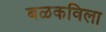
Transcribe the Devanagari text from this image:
बळकविला